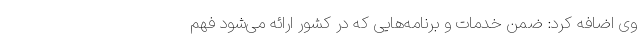
وی اضافه کرد: ضمن خدمات و برنامه‌هایی که در کشور ارائه می‌شود فهم